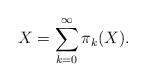
LaTeX: \begin{align*}X=\sum_{k=0}^{\infty} \pi_k(X).\end{align*}